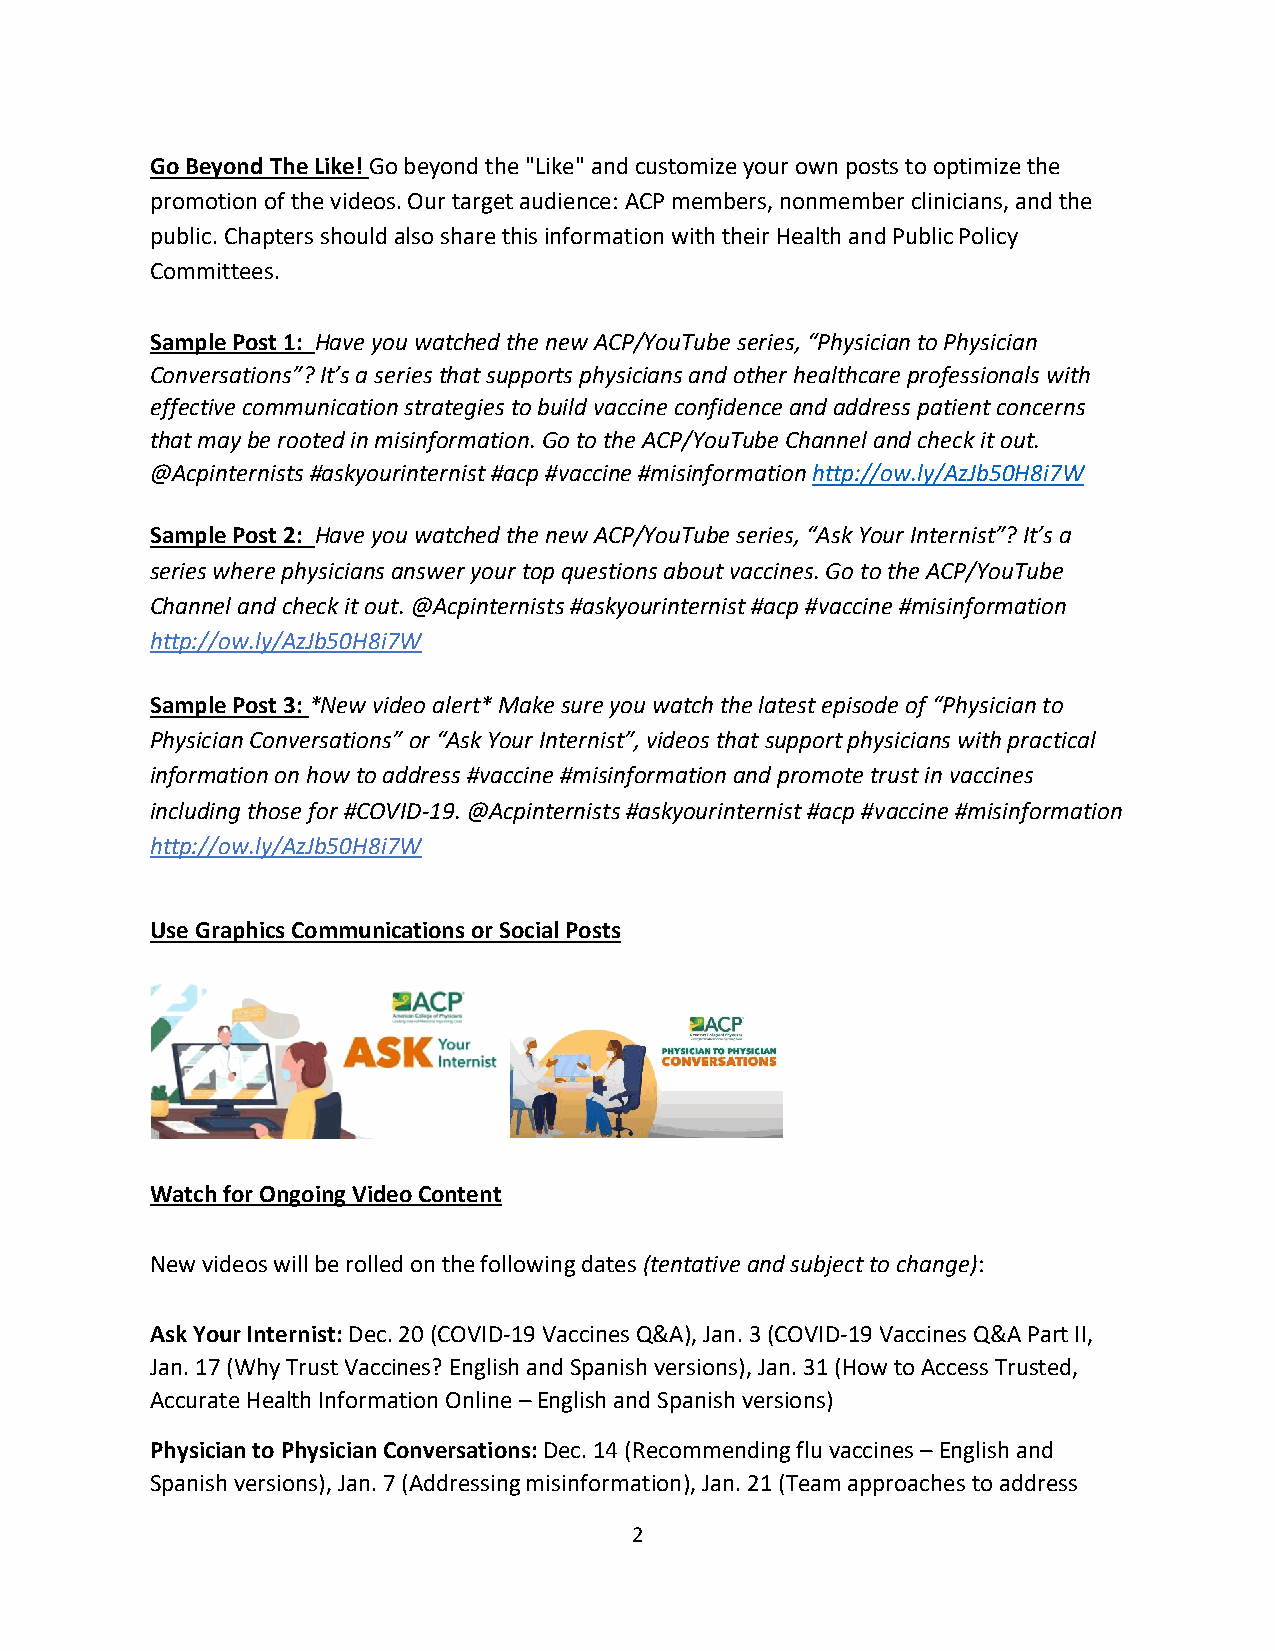
Go Beyond The Like! Go beyond the "Like" and customize your own posts to optimize the
 promotion of the videos. Our target audience: ACP members, nonmember clinicians, and the
 public. Chapters should also share this information with their Health and Public Policy
 Committees.
 Sample Post 1: Have you watched the new ACP/YouTube series, “Physician to Physician
 Conversations”? It’s a series that supports physicians and other healthcare professionals with
 effective communication strategies to build vaccine confidence and address patient concerns
 that may be rooted in misinformation. Go to the ACP/YouTube Channel and check it out.
 @Acpinternists #askyourinternist #acp #vaccine #misinformation http://ow.ly/AzJb50H8i7W
 Sample Post 2: Have you watched the new ACP/YouTube series, “Ask Your Internist”? It’s a
 series where physicians answer your top questions about vaccines. Go to the ACP/YouTube
 Channel and check it out. @Acpinternists #askyourinternist #acp #vaccine #misinformation
 http://ow.ly/AzJb50H8i7W
 Sample Post 3: *New video alert* Make sure you watch the latest episode of “Physician to
 Physician Conversations” or “Ask Your Internist”, videos that support physicians with practical
 information on how to address #vaccine #misinformation and promote trust in vaccines
 including those for #COVID-19. @Acpinternists #askyourinternist #acp #vaccine #misinformation
 http://ow.ly/AzJb50H8i7W
 Use Graphics Communications or Social Posts
 Watch for Ongoing Video Content
 New videos will be rolled on the following dates (tentative and subject to change):
 Ask Your Internist: Dec. 20 (COVID-19 Vaccines Q&A), Jan. 3 (COVID-19 Vaccines Q&A Part II,
 Jan. 17 (Why Trust Vaccines? English and Spanish versions), Jan. 31 (How to Access Trusted,
 Accurate Health Information Online – English and Spanish versions)
 Physician to Physician Conversations: Dec. 14 (Recommending flu vaccines – English and
 Spanish versions), Jan. 7 (Addressing misinformation), Jan. 21 (Team approaches to address
 2